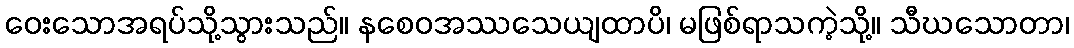
ဝေးသောအရပ်သို့သွားသည်။ နစေဝအဿသေယျထာပိ၊ မဖြစ်ရာသကဲ့သို့။ သီဃသောတာ၊